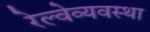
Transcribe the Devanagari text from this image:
रेल्वेव्यवस्था